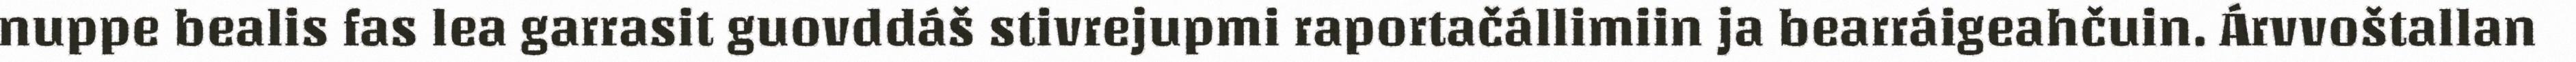
nuppe bealis fas lea garrasit guovddáš stivrejupmi raportačállimiin ja bearráigeahčuin. Árvvoštallan